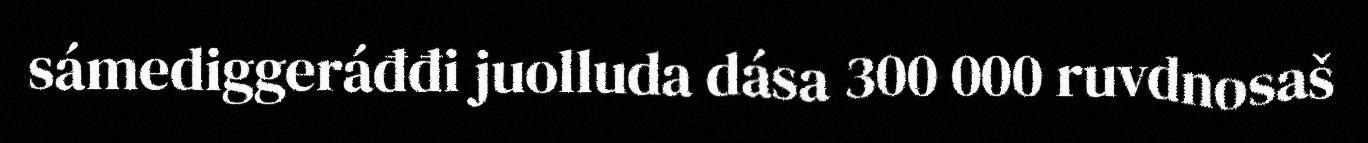
sámediggeráđđi juolluda dása 300 000 ruvdnosaš